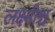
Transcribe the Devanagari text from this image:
लक्ष्मीश्च